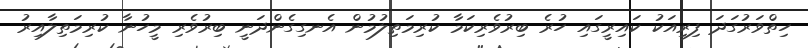
ހިތްވަރުގަދަ ފިރިއަކު ކައިރީގައި ހުރެ ބިރުވެރިކަމާ ކުރިމަތިލުމުން އެނގިގެންދަނީ ބިރުވެރި މީހުނާ ކުރިމަތިލާއިރު